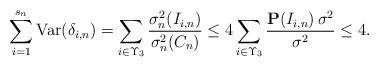
LaTeX: \begin{align*}\sum_{i=1}^{s_{n}}\mbox{Var}(\delta _{i,n})=\sum_{i\in \Upsilon _{3}}\frac{\sigma _{n}^{2}(I_{i,n})}{\sigma _{n}^{2}(C_{n})}\leq 4\sum_{i\in \Upsilon_{3}}\frac{{\bf P}(I_{i,n})\,\sigma ^{2}}{\sigma ^{2}}\leq 4. \end{align*}